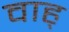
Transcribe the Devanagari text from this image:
वाह्‌